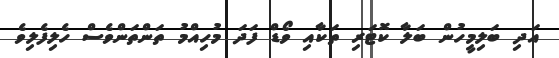
އަދި ބަލިމީހުން ބަލާ ކޮޓަރި ތަކާއި ވޯޑް ފަދަ މުހިއްމު ތަންތަންވެސް ހެލިފެލިވެ